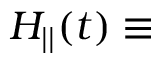
H _ { | | } ( t ) \equiv